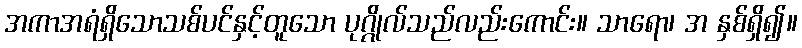
အကာအရံရှိသောသစ်ပင်နှင့်တူသော ပုဂ္ဂိုလ်သည်လည်းကောင်း။ သာရော၊ အ နှစ်ရှိ၍။